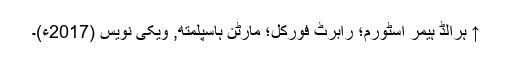
↑ ہرالڈ ہیمر اسٹورم؛ رابرٹ فورکل؛ مارٹن ہاسپلمتھ, ویکی نویس (2017ء)۔